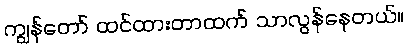
ကျွန်တော် ထင်ထားတာထက် သာလွန်နေတယ်။